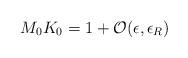
LaTeX: \begin{align*}M_0 K_0 = 1+{\cal O}(\epsilon,\epsilon_R)\end{align*}